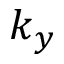
k _ { y }